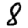
Digit: 8